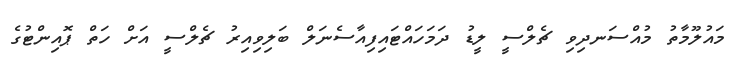
މައުލޫމާތު މުއްސަނދިވި ޗެލްސީ ލީޑު ދަމަހައްޓައިފިއާސެނަލް ބަލިވިއިރު ޗެލްސީ އަށް ހަތް ޕޮއިންޓުގެ